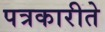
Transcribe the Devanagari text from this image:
पत्रकारीते